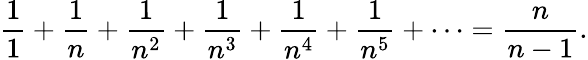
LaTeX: {\frac{1}{1}}+{\frac{1}{n}}+{\frac{1}{n^{2}}}+{\frac{1}{n^{3}}}+{\frac{1}{n^{4}}}+{\frac{1}{n^{5}}}+\cdots={\frac{n}{n-1}}.